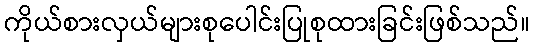
ကိုယ်စားလှယ်များစုပေါင်းပြုစုထားခြင်းဖြစ်သည်။